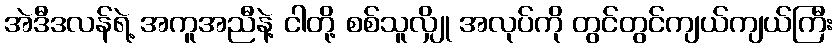
အဲဒီဒလန်ရဲ့ အကူအညီနဲ့ ငါတို့ စစ်သူလျှို အလုပ်ကို တွင်တွင်ကျယ်ကျယ်ကြီး